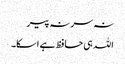
نہ سر نہ پیر
اللہ ہی حافظ ہے اسکا۔